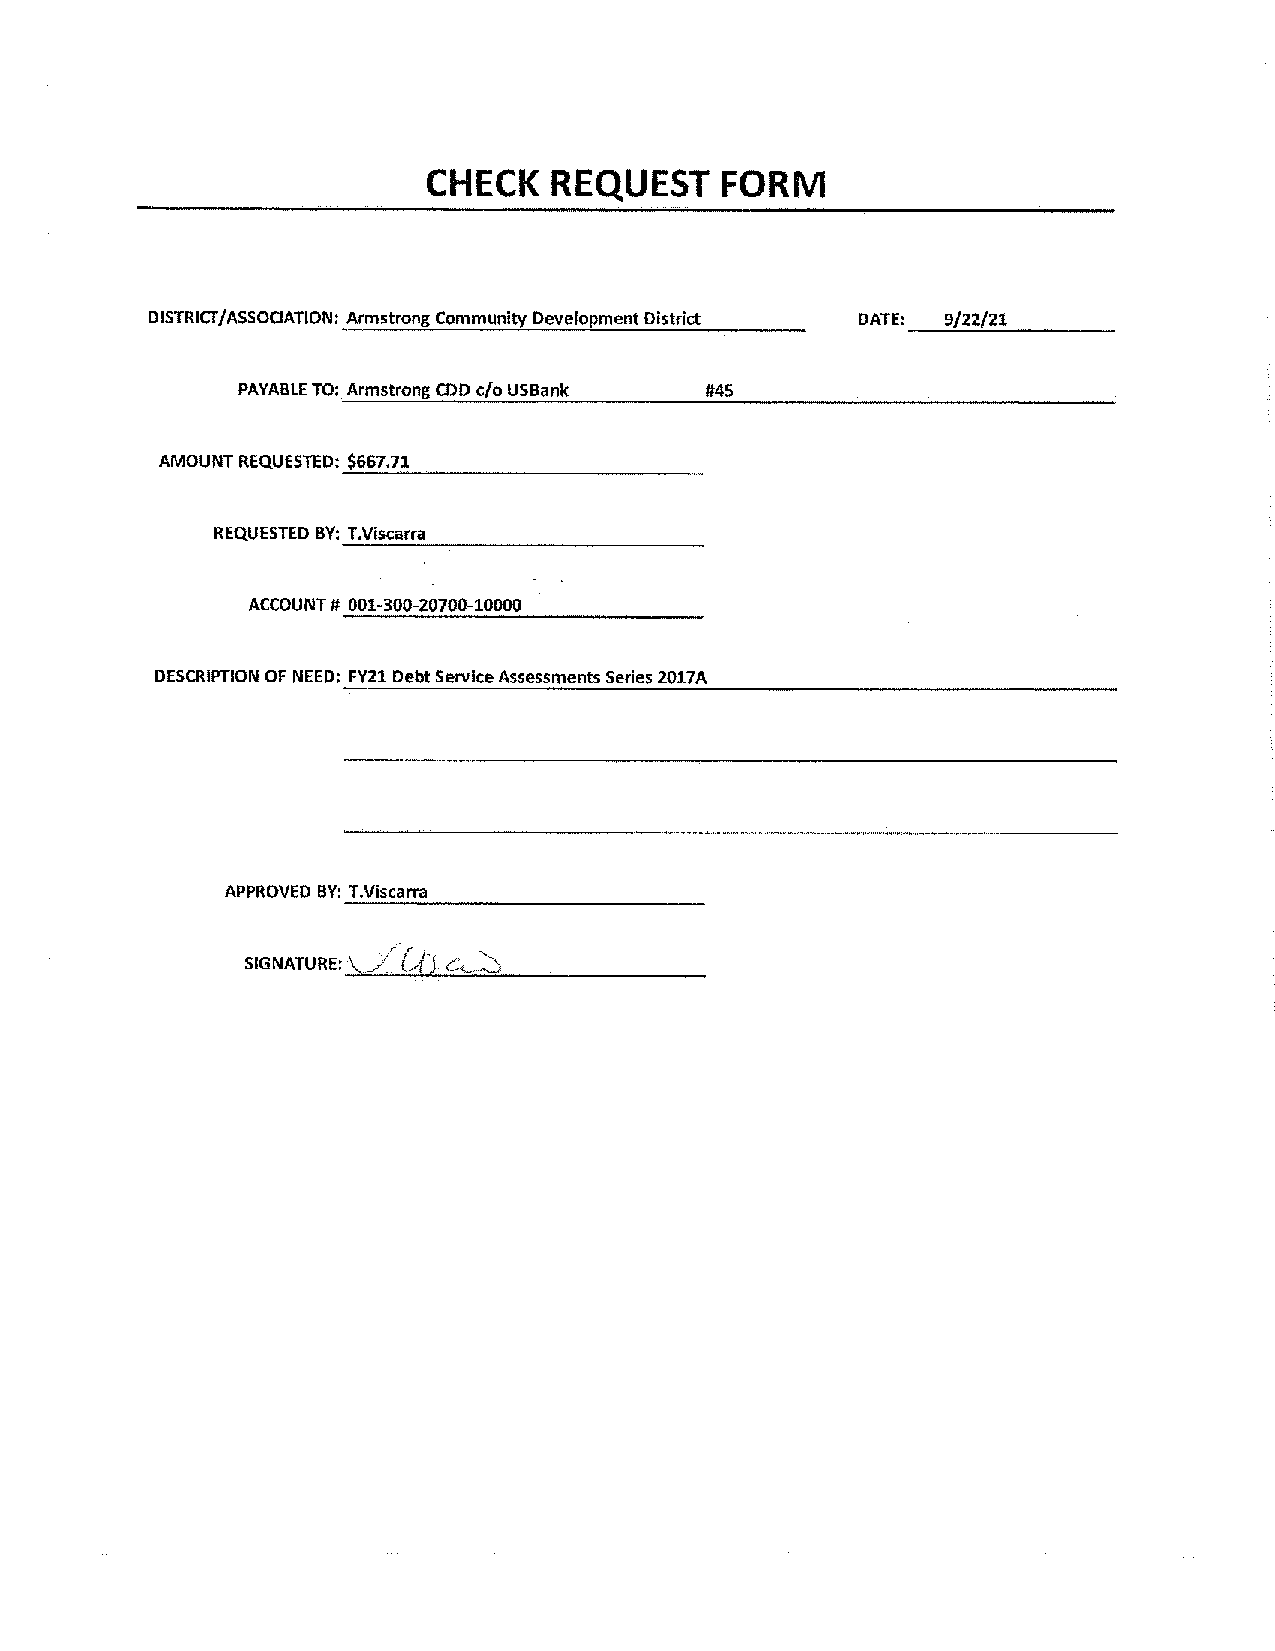
CHECKR    EQUESTF    ORM
 DISTRICT/ASSOCIATION:A rmstrong Community Development District DATE:_~9/~2~2/~2~_1_ _ _
 PAYABLET O: Armstrong CDD c/o USBank #45
 AMOUNT REQUESTED:..!$::::66:::7_c._c_.7_:_.:_1_:._____ _
 REQUESTEDB Y:...:Tc..V::i:::sc_=_•:_:r_.:_c_r•_:_:__ __ _
 ACCOUNT# 001-300-20700-10000
 DESCRIPTIONO F NEED: FY21 Debt Service Assessments Series 2017A
 APPROVED BY:_T:..:·.:cVc,is:::c•:::rc.ra=-------------
 _,/Ct
 sIGNATURE: • c'-:::::,